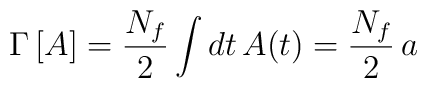
\Gamma\,[A]=\frac{N_f}{2}\int dt\,A(t)=\frac{N_f}{2}\,a